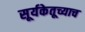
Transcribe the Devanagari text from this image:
सूर्यकेतूच्याच